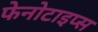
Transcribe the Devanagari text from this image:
फेनोटाइप्स